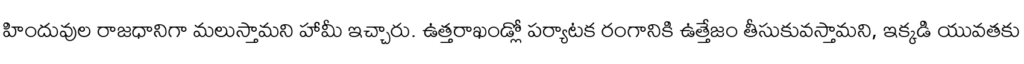
హిందువుల రాజధానిగా మలుస్తామని హామీ ఇచ్చారు. ఉత్తరాఖండ్లో పర్యాటక రంగానికి ఉత్తేజం తీసుకువస్తామని, ఇక్కడి యువతకు